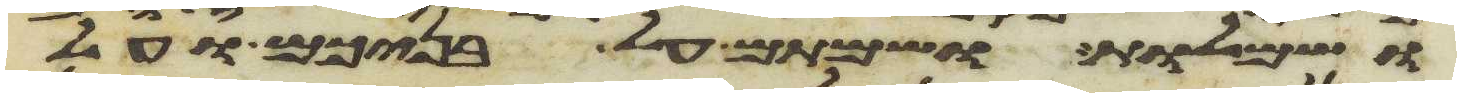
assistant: ושמלות ושמתם על בניכם ועל